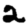
Digit: 2